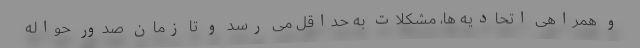
و همراهی اتحادیه ها، مشکلات به حداقل می رسد و تا زمان صدور حواله